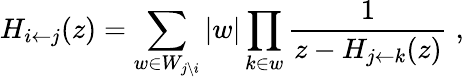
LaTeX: H_{i\leftarrow j}(z)=\sum_{w\in W_{j\setminus i}}\vert w\vert\prod_{k\in w}{\frac{1}{z-H_{j\leftarrow k}(z)}}\; ,